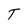
Character: T